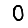
Digit: 0